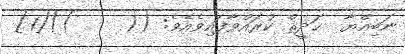
ނަބިއްޔާ  ޙަދީޘް ކުރައްވާފައިވެއެވެ: ((     ))[1]